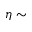
\eta \sim